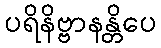
ပရိနိဗ္ဗာနန္တိပေ